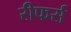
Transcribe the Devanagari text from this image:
रीफर्स